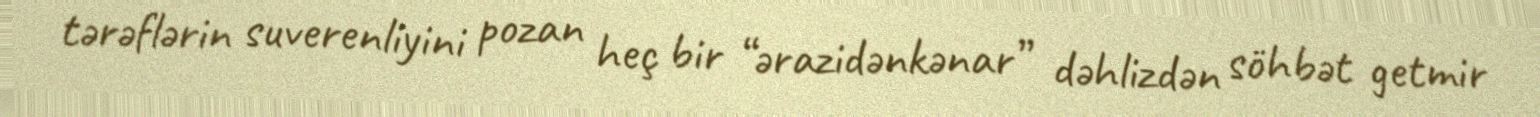
tərəflərin suverenliyini pozan heç bir “ərazidənkənar” dəhlizdən söhbət getmir